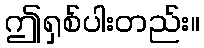
ဤရှစ်ပါးတည်း။